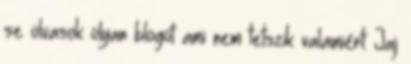
se olvasok olyan blogot ami nem tetszik valamiért: Jaj